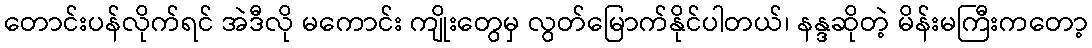
တောင်းပန်လိုက်ရင် အဲဒီလို မကောင်း ကျိုးတွေမှ လွတ်မြောက်နိုင်ပါတယ်၊ နန္ဒဆိုတဲ့ မိန်းမကြီးကတော့